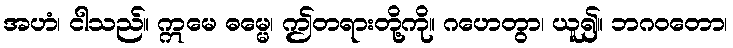
အဟံ၊ ငါသည်။ ဣမေ ဓမ္မေ၊ ဤတရားတို့ကို။ ဂဟေတွာ၊ ယူ၍။ ဘဂဝတော၊